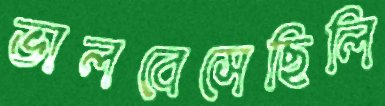
ভালবেসেছিলি